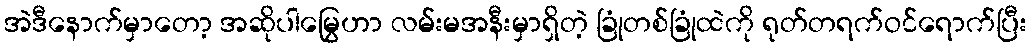
အဲဒီနောက်မှာတော့ အဆိုပါမြွေဟာ လမ်းမအနီးမှာရှိတဲ့ ခြုံတစ်ခြုံထဲကို ရုတ်တရက်ဝင်ရောက်ပြီး